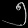
Digit: ၅